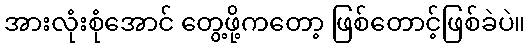
အားလုံးစုံအောင် တွေ့ဖို့ကတော့ ဖြစ်တောင့်ဖြစ်ခဲပဲ။